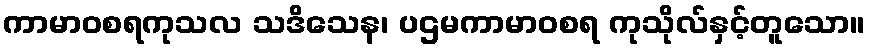
ကာမာဝစရကုသလ သဒိသေန၊ ပဌမကာမာဝစရ ကုသိုလ်နှင့်တူသော။